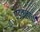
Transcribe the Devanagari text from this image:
पडवळाची